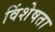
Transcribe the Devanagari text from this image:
विंशेषता